Mental hospitals Bombay report 1921-28 - 1921-1928
Year: 1921
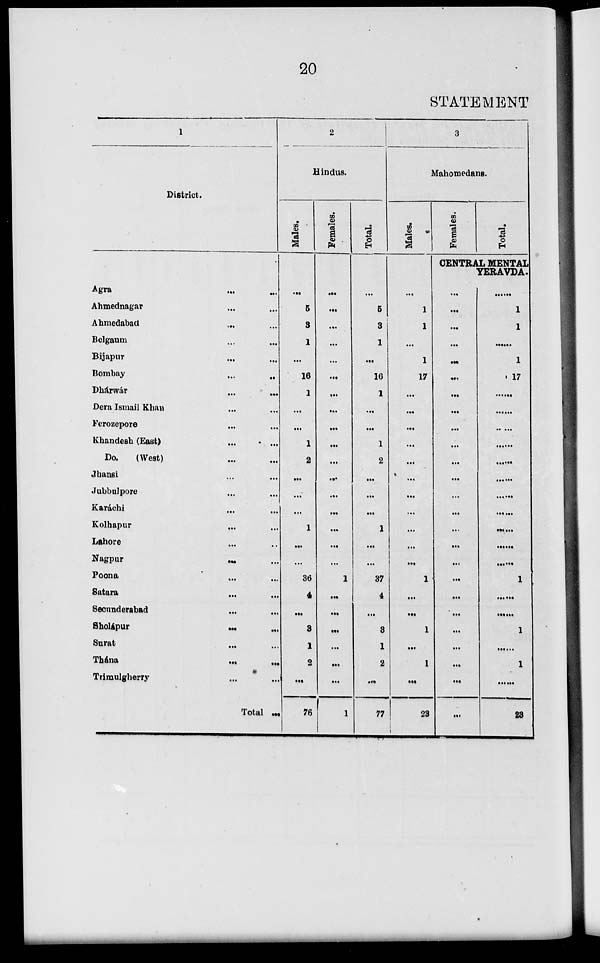
20
STATEMENT
1
District.
Agra
...
...
Ahmednagar ... ...
Ahmedabad
...
...
Belgaum ... ...
Bijapur ... ...
Bombay
...
...
Dhárwár
...
...
Dera Ismail Khan ... ...
Ferozepore ... ...
Khandesh (East) ... ...
Do.
(West) ... ...
Jhansi ... ...
Jubbulpore ... ...
Karáchi ... ...
Kolhapur ... ...
Lahore ... ...
Nagpur
...
...
Poona ... ...
Satara ... ...
Secunderabad ... ...
Sholápur
...
...
Surat ... ...
Thána
...
...
Trimulgherry ...
Total ...
2
Hindus.
Males.
...
5
3
1
...
16
1
...
...
1
2
...
...
...
1
...
...
36
4
...
3
1
2
...
76
Females.
...
...
...
...
...
...
...
...
...
...
...
...
...
...
...
...
...
1
...
...
...
...
...
...
1
Total.
...
5
3
1
...
16
1
...
...
1
2
...
...
...
1
...
...
37
4
...
3
1
2
...
77
3
Mahomedans.
Males.
...
1
1
...
1
17
...
...
...
...
...
...
...
...
...
...
...
1
...
...
1
...
1
...
23
Females.
Total.
CENTRAL MENTAL
YERAVDA.
...
...
...
...
...
...
...
...
...
...
...
...
...
...
...
...
...
...
...
...
...
...
...
...
...
...
1
1
...
1
17
......
......
......
......
......
......
......
......
......
......
......
1
......
......
1
......
1
......
23